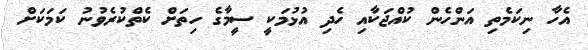
އެހާ ނިކަމެތި އަންހެން ކުއްޖަކާއި ހެދި އުޅުމަކީ ސީމާގެ ހިތަށް ކެތްކުރެވުނު ކަމަކަށް